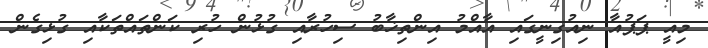
މިއީ ޕަޕުއާ ނިއުގިނީގައި އާއްމު އިންތިޚާބު ސިހުރާއި ގުޅުން ހުރި ކަންތައްތަކާއި ގުޅިގެން